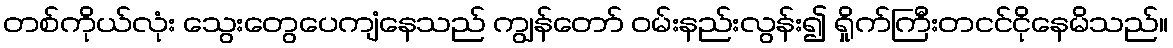
တစ်ကိုယ်လုံး သွေးတွေပေကျံနေသည် ကျွန်တော် ဝမ်းနည်းလွန်း၍ ရှိုက်ကြီးတငင်ငိုနေမိသည်။